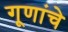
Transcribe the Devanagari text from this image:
गूणांचे